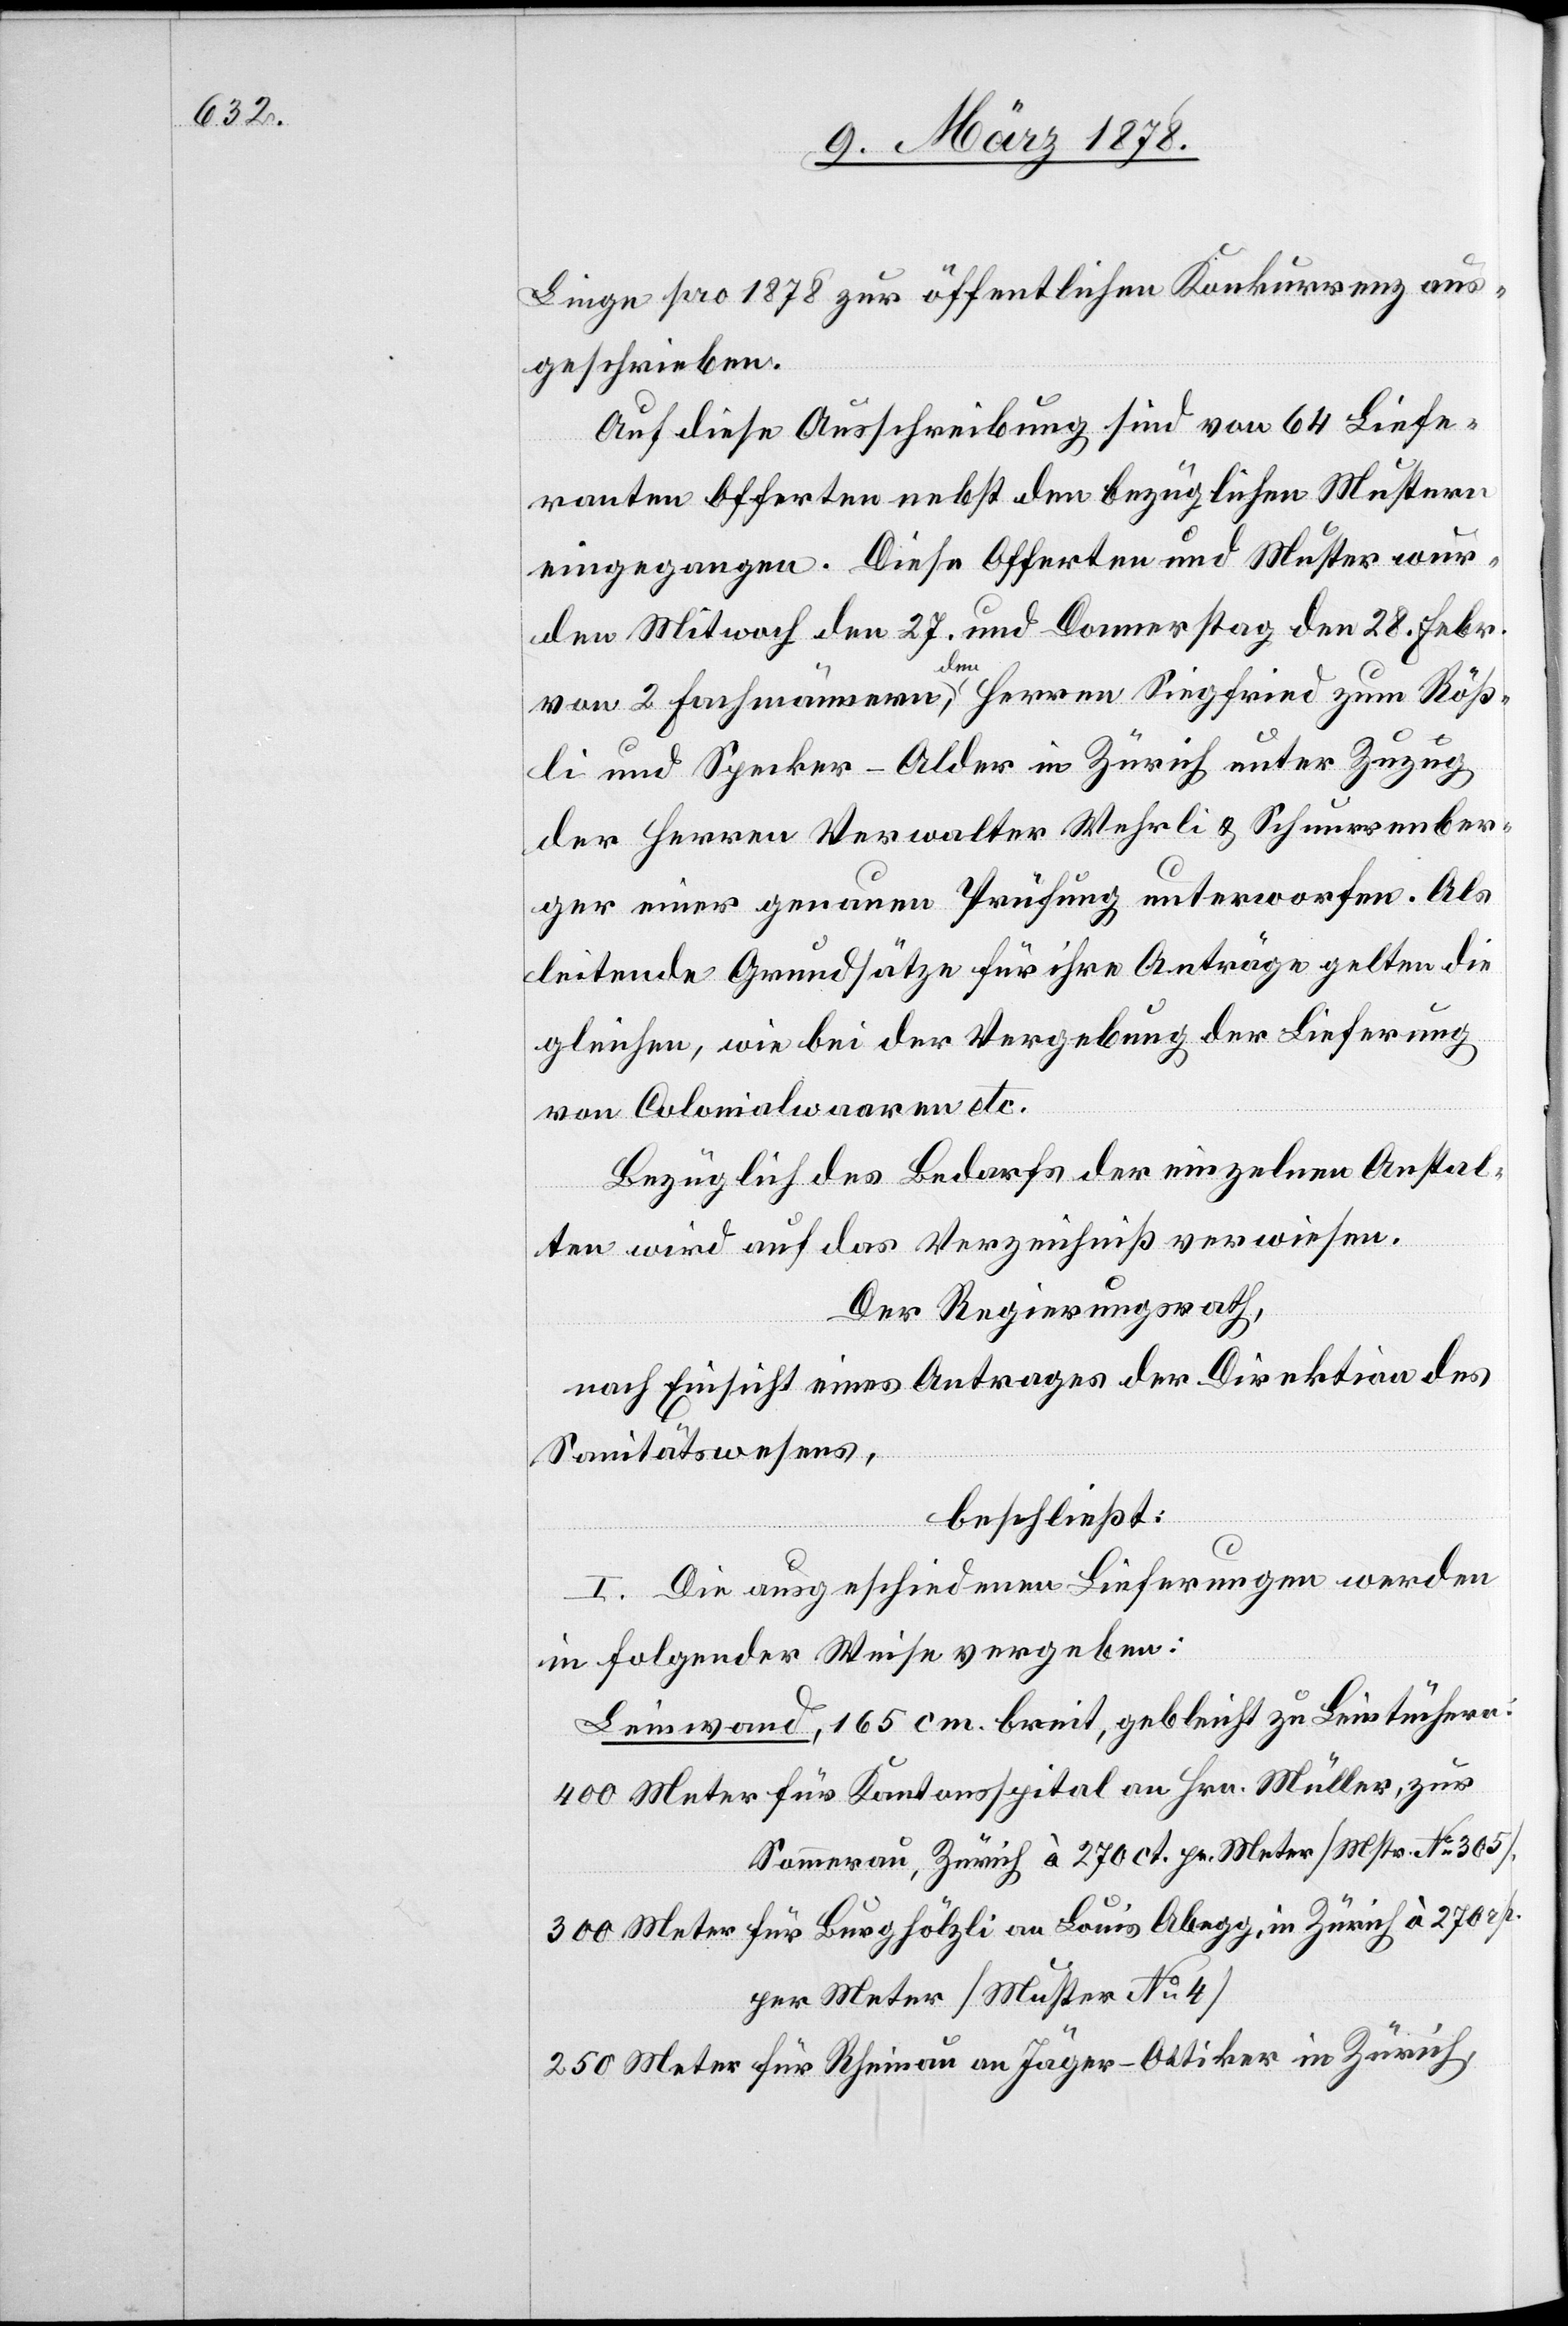
Linge pro 1878 zur öffentlichen Konkurrenz aus¬
geschrieben.
Auf diese Ausschreibung sind von 64 Liefe¬
ranten Offerten nebst den bezüglichen Mustern
eingegangen. Diese Offerten und Muster wur¬
den Mitwoch den 27. und Donnerstag den 28. Febr.
von 2 Fachmännern, den Herren Siegfried zum Röss¬
li und Specker-Alder in Zürich unter Zuzug
der Herren Verwalter Wehrli & Schnurrenber¬
ger einer genauen Prüfung unterworfen. Als
leitende Grundsätze für ihre Anträge gelten die
gleichen, wie bei der Vergebung der Lieferung
von Colonialwaaren etc.
Bezüglich des Bedarfs der einzelnen Anstal¬
ten wird auf das Verzeichniß verwiesen.
Der Regierungsrath,
nach Einsicht eines Antrages der Direktion des
Sanitätswesens,
beschließt:
I. Die ausgeschiedenen Lieferungen werden
in folgender Weise vergeben:
Leinwand, 165 cm. breit, gebleicht zu Leintüchern:
400 Meter für Kantonsspital an Hrn. Müller, zur
Sommerau, Zürich à 270 ct. pr. Meter (Mstr. No 305).
300 Meter für Burghölzli an Louis Abegg, in Zürich à 270 rp.
per Meter (Muster No 4)
250 Meter für Rheinau an Jäger-Oetiker in Zürich,